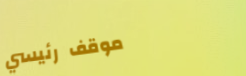
موقف رئيسي